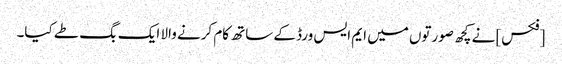
[فکس] نے کچھ صورتوں میں ایم ایس ورڈ کے ساتھ کام کرنے والا ایک بگ طے کیا۔